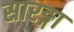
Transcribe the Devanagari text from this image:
सारङ्गा